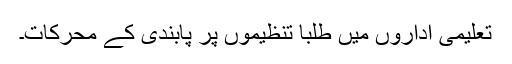
تعلیمی اداروں میں طلبا تنظیموں پر پابندی کے محرکات۔